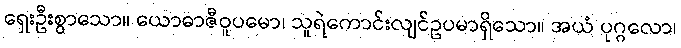
ရှေးဦးစွာသော။ ယောဓာဇီဝူပမော၊ သူရဲကောင်းလျင်ဥပမာရှိသော။ အယံ ပုဂ္ဂလော၊